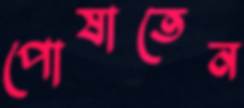
পোষাতেন